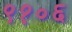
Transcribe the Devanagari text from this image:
९१०६